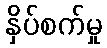
နှိပ်စက်မှု